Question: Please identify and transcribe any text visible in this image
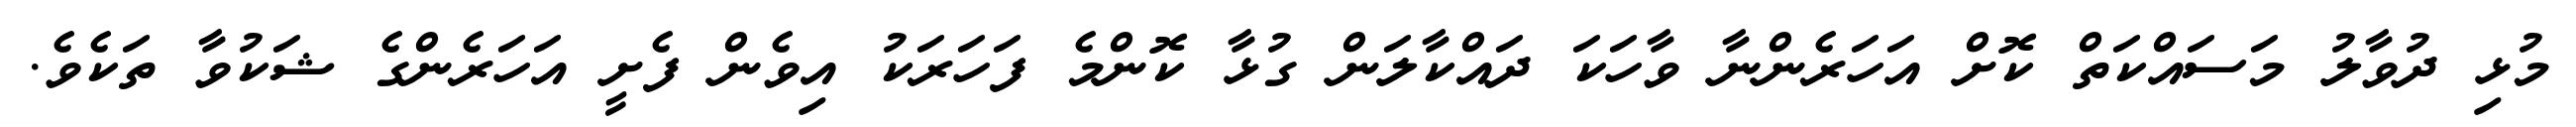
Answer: މުޅި ދުވާލު މަސައްކަތް ކޮށް އަހަރެންނާ ވާހަކަ ދައްކާލަން ގުޅާ ކޮންމެ ފަހަރަކު އިވެން ފެށީ އަހަރެންގެ ޝަކުވާ ތަކެވެ.